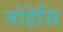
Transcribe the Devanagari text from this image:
नोहेसि